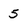
Character: 5